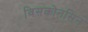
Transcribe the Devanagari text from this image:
विसकोनसिन